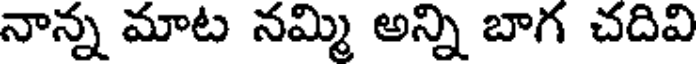
నాన్న మాట నమ్మి అన్ని బాగ చదివి